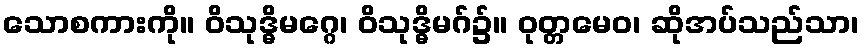
သောစကားကို။ ဝိသုဒ္ဓိမဂ္ဂေ၊ ဝိသုဒ္ဓိမဂ်၌။ ဝုတ္တမေဝ၊ ဆိုအပ်သည်သာ၊